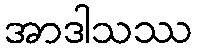
အာဒါသဿ